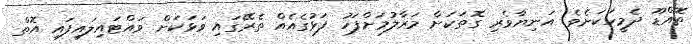
ތޮއްޑޫ ދެމީހަކަށެވެ. އަނިޔާވެރި ގޮތަކަށް މަރާލުމަށްފަހު ފަޅުގެއެއް ތެރޭގައި ވަޅަކަށް ވައްޓައިލައިފައި އޮތް